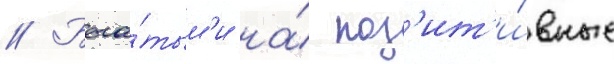
// Бога́тым'и на́ поз'ит'и́вные